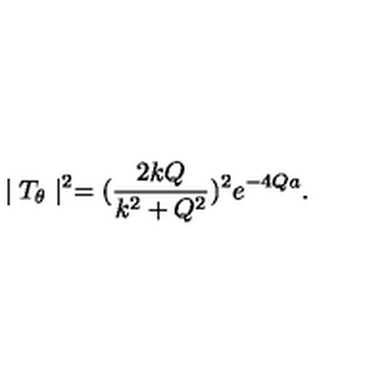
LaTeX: \mid T _ { \theta } \mid ^ { 2 } = ( \frac { 2 k Q } { k ^ { 2 } + Q ^ { 2 } } ) ^ { 2 } e ^ { - 4 Q a } .